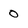
Character: 0